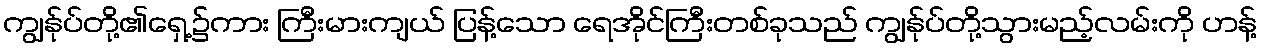
ကျွန်ုပ်တို့၏ရှေ့၌ကား ကြီးမားကျယ် ပြန့်သော ရေအိုင်ကြီးတစ်ခုသည် ကျွန်ုပ်တို့သွားမည့်လမ်းကို ဟန့်